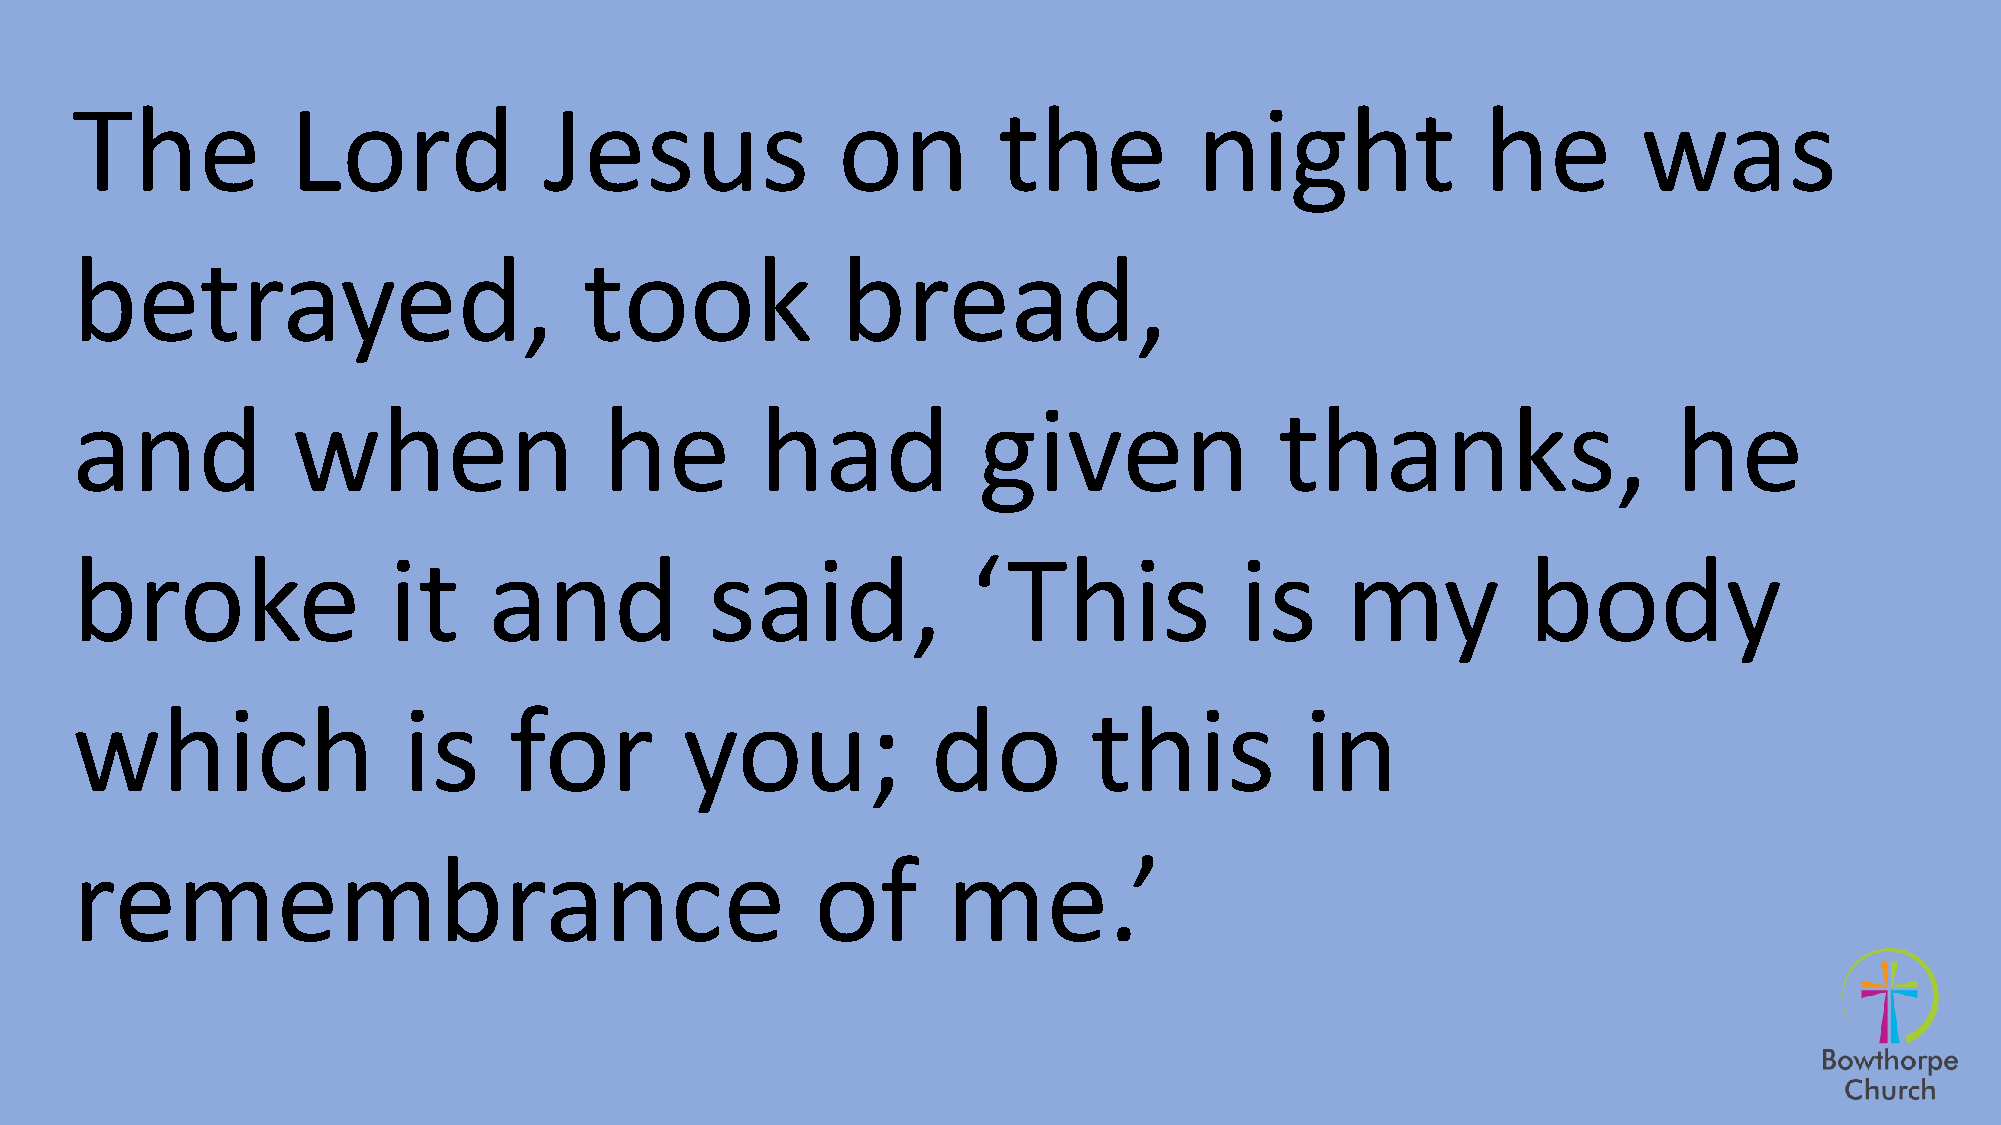
The           Lord             Jesus              on         the          night              he         was
 betrayed,                         took             bread,
 and           when                 he        had            given               thanks,                   he
 broke                it    and            said,            ‘This             is     my          body
 which                 is     for        you;             do        this          in
 remembrance                                      of       me.’